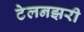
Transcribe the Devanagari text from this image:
टेलनझरी